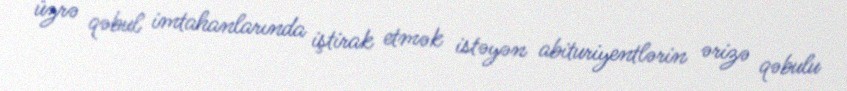
üzrə qəbul imtahanlarında iştirak etmək istəyən abituriyentlərin ərizə qəbulu